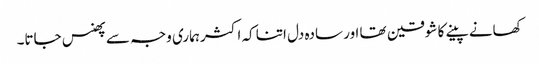
کھانے پینے کا شوقین تھا اور سادہ دل اتنا کہ اکثر ہماری وجہ سے پھنس جاتا۔